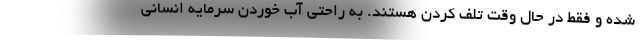
شده و فقط در حال وقت تلف كردن هستند. به راحتي آب خوردن سرمايه انساني